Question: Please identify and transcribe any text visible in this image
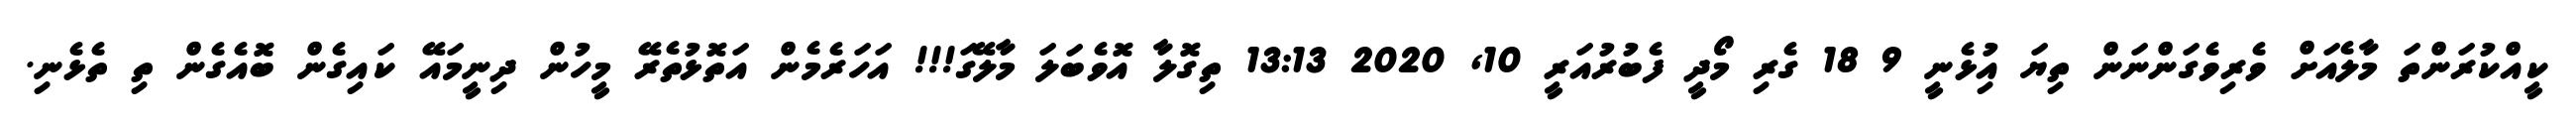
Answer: ކީއްކުރަންތަ މާލެއަށް ވެރިވެގަންނަން ތިޔަ އިުޅެނީ 9 18 ގެރި މޯދީ ފެބުރުއަރީ 10, 2020 13:13 ތިގޮލާ އޮވެބަލަ މާލޭގަ!!! އަހަރެމެން އަތޮޅުތެރޭ މީހުން ދިނީމައޭ ކައިގެން ބޮއެގެން ތި ތެޅެނި.